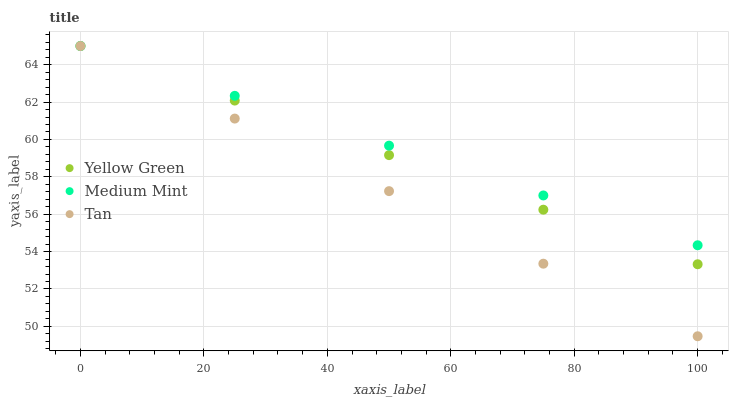
| xaxis_label | Yellow Green | Medium Mint | Tan |
 | --- | --- | --- | --- |
 | 0 | 65 | 65 | 65 |
 | 25 | 62.1 | 62.3 | 61.1 |
 | 50 | 59.2 | 59.7 | 57.2 |
 | 75 | 56.2 | 57 | 53.4 |
 | 100 | 53.3 | 54.3 | 49.5 |